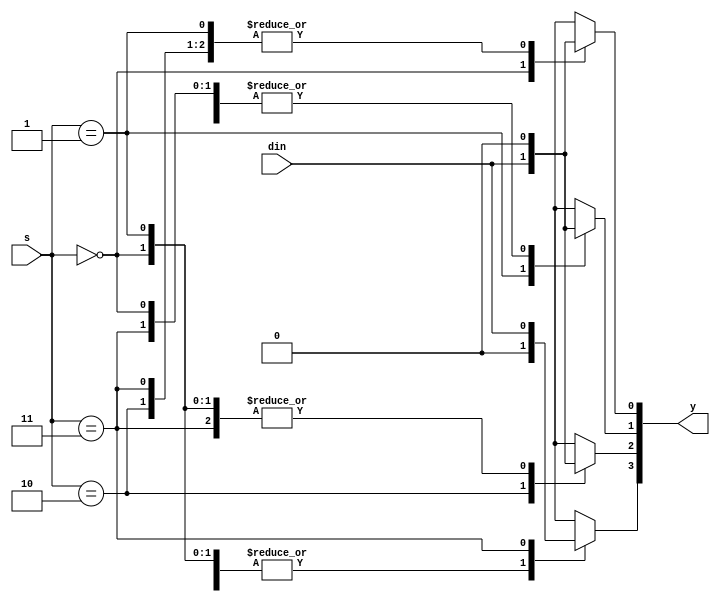
module demux1x4(
    output reg [3:0] y,
    input [1:0] s,
    input din
);
always @(y,s) begin
  case (s)
    2'b00: begin
      y[0]=din;
      y[3:1]=0;
    end
    2'b01: begin
      y[1]=din;
      y[0]=0;
      y[3:2]=0;
    end
    2'b10: begin
      y[2]=din;
      y[3]=0;
      y[1:0]=0;
    end
    2'b11: begin
      y[3]=din;
      y[2:0]=0;
    end
    endcase
end
endmodule